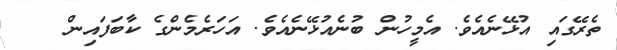
ތެރޭގައި އުޅޭނެއެވެ. އެމީހުން ބުނެއުޅޭނެއެވެ. އަހަރެމެންގެ ކާބަފައިން